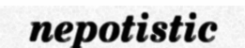
nepotistic